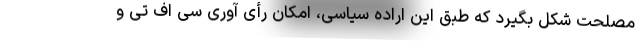
مصلحت شکل بگیرد که طبق این اراده سیاسی، امکان رأی آوری سی اف تی و